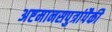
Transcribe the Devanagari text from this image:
अष्टमानसपुत्रांपैकी